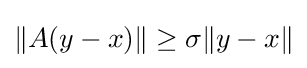
{\textstyle \|A(y-x)\|\geq \sigma \|y-x\|}